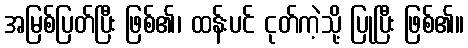
အမြစ်ပြတ်ပြီး ဖြစ်၏၊ ထန်းပင် ငုတ်ကဲ့သို့ ပြုပြီး ဖြစ်၏။